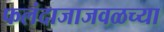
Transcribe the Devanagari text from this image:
फलंदाजाजवळच्या